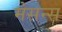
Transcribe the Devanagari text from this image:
मेसन्स